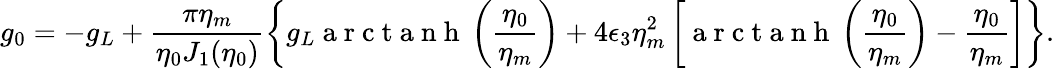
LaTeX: g_{0}=-g_{L}+\frac{\pi\eta_{m}}{\eta_{0}J_{1}(\eta_{0})}\left\{ g_{L}\mathrm{~a~r~c~t~a~n~h~}\left(\frac{\eta_{0}}{\eta_{m}}\right)+4\epsilon_{3}\eta_{m}^{2}\left[\mathrm{~a~r~c~t~a~n~h~}\left(\frac{\eta_{0}}{\eta_{m}}\right)-\frac{\eta_{0}}{\eta_{m}}\right]\right\} .